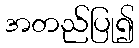
အတည်ပြု၍